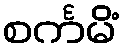
စင်္ကမိံ